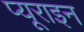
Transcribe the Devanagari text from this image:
प्यूराइन